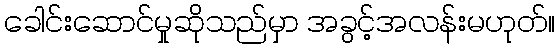
ခေါင်းဆောင်မှုဆိုသည်မှာ အခွင့်အလန်းမဟုတ်။